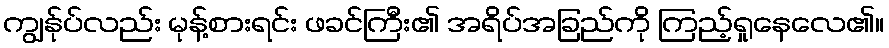
ကျွန်ုပ်လည်း မုန့်စားရင်း ဖခင်ကြီး၏ အရိပ်အခြည်ကို ကြည့်ရှုနေလေ၏။